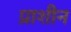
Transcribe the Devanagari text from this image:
प्राशीन